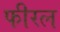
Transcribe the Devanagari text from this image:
फीरल